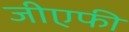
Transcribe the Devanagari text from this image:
जीएफी